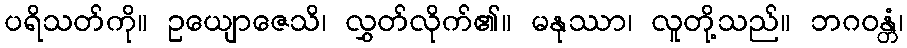
ပရိသတ်ကို။ ဥယျောဇေသိ၊ လွှတ်လိုက်၏။ မနုဿာ၊ လူတို့သည်။ ဘဂဝန္တံ၊